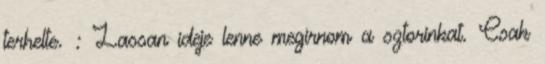
terhelte. : Lassan ideje lenne megirnom a sztorinkat. Csak